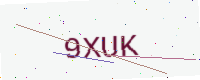
Text: 9XUK